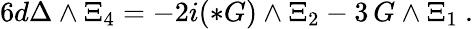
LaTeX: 6d\Delta\wedge\Xi_{4}=-2i(*G)\wedge\Xi_{2}-3\, G\wedge\Xi_{1}\ .